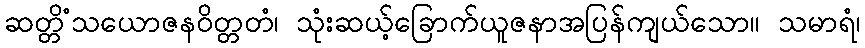
ဆတ္တိံသယောဇနဝိတ္တတံ၊ သုံးဆယ့်ခြောက်ယူဇနာအပြန်ကျယ်သော။ သမာရံ၊